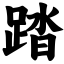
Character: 踏